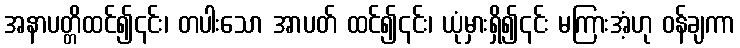
အနာပတ္တိထင်၍၎င်း၊ တပါးသော အာပတ် ထင်၍၎င်း၊ ယုံမှားရှိ၍၎င်း မကြားအံ့ဟု ဝန်ချကာ